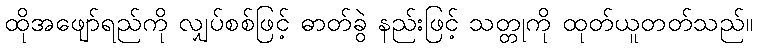
ထိုအဖျော်ရည်ကို လျှပ်စစ်ဖြင့် ဓာတ်ခွဲ နည်းဖြင့် သတ္တုကို ထုတ်ယူတတ်သည်။